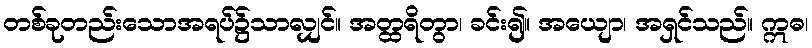
တစ်ခုတည်းသောအရပ်၌သာလျှင်။ အတ္ထရိတွာ၊ ခင်း၍။ အယျော၊ အရှင်သည်။ ဣဓ၊